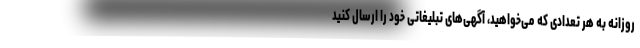
روزانه به هر تعدادی که می‌خواهید، آگهی‌های تبلیغاتی خود را ارسال کنید